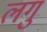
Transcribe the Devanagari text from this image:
लगु